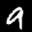
Label: 9